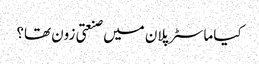
کیا ماسٹر پلان میں صنعتی زون تھا؟